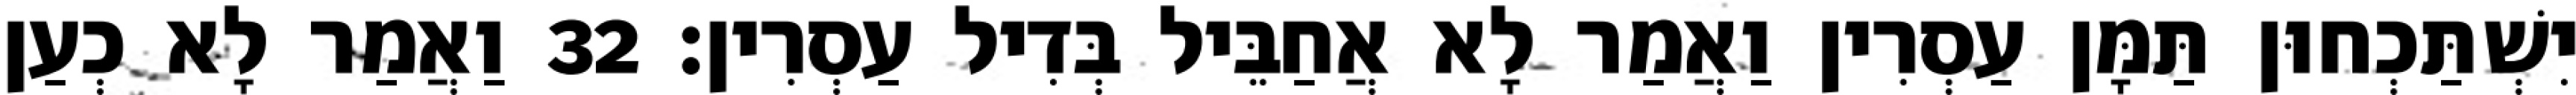
יִשְׁתַּכְחוּן תַּמָּן עַסְרִין וַאֲמַר לָא אֲחַבֵּיל בְּדִיל עַסְרִין׃ 32 וַאֲמַר לָא כְעַן